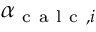
\boldsymbol { \alpha } _ { \mathrm { ~ c ~ a ~ l ~ c ~ } , i }